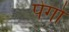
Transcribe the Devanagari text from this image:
पेगो